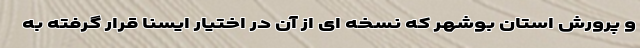
و پرورش استان بوشهر که نسخه ای از آن در اختیار ایسنا قرار گرفته به